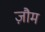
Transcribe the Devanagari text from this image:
ज़ौम